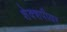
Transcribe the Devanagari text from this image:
शेक्शपीयर